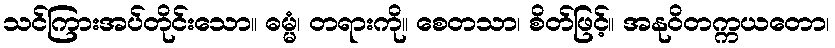
သင်ကြားအပ်တိုင်းသော။ ဓမ္မံ၊ တရားကို။ စေတသာ၊ စိတ်ဖြင့်။ အနုဝိတက္ကယတော၊